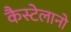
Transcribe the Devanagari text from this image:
कैस्टेलानो